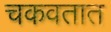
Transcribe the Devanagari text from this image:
चकवतात